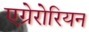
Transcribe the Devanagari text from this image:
एग्रेरोरियन